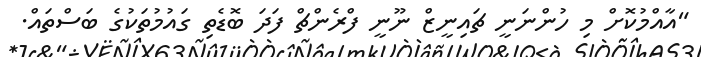
"އާއްމުކޮށް މި ހުންނަނީ ޗައިނީޒް ނޫނީ ފްރެންޗް ފަދަ ބޮޑެތި ގައުމުތަކުގެ ބަސްތައް.